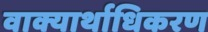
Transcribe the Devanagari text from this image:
वाक्यार्थाधिकरण